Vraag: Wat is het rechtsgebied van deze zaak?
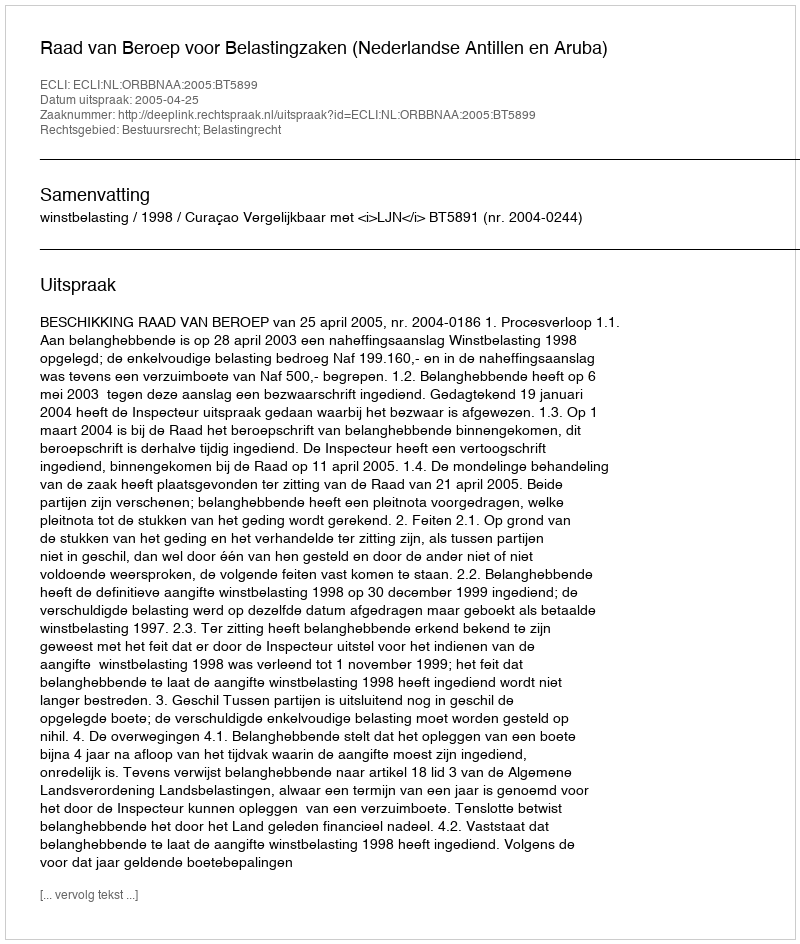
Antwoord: Bestuursrecht; Belastingrecht